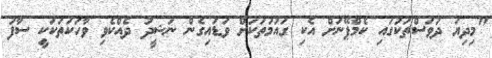
"މިދިޔަ ދުވަސްތަކުގައި ކެމްޕޭނަށް އެކި ގައުމުތަކަށް ވަޑައިގެން ނަޝީދު ދެއްކެވި ވާހަކަތަކަކީ ސާފު